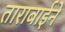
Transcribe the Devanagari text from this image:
ताराबाईनें